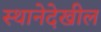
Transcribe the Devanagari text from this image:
स्थानेदेखील